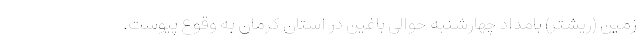
زمین (ریشتر) بامداد چهارشنبه حوالی باغین در استان کرمان به وقوع پیوست.